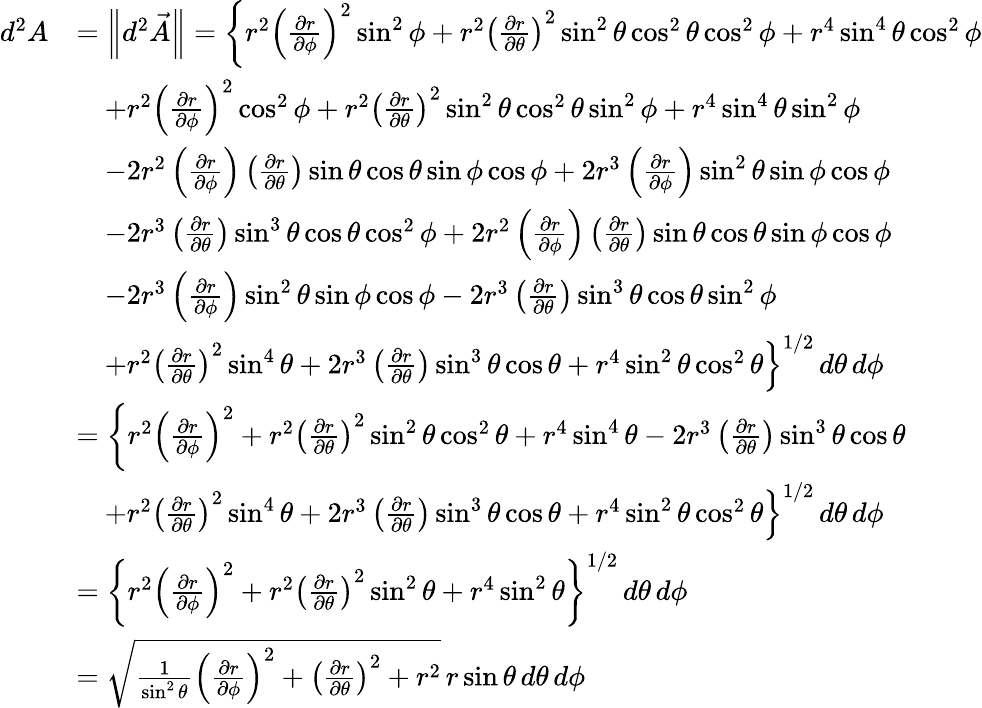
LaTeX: \begin{array}{rl}{d^{2}A}&{=\left\lVert d^{2}\vec{A}\right\rVert=\left\{ r^{2}\left(\frac{\partial r}{\partial\phi}\right)^{2}\sin^{2}\phi+r^{2}\left(\frac{\partial r}{\partial\theta}\right)^{2}\sin^{2}\theta\cos^{2}\theta\cos^{2}\phi+r^{4}\sin^{4}\theta\cos^{2}\phi\right.}\\ &{\quad+r^{2}\left(\frac{\partial r}{\partial\phi}\right)^{2}\cos^{2}\phi+r^{2}\left(\frac{\partial r}{\partial\theta}\right)^{2}\sin^{2}\theta\cos^{2}\theta\sin^{2}\phi+r^{4}\sin^{4}\theta\sin^{2}\phi}\\ &{\quad-2r^{2}\left(\frac{\partial r}{\partial\phi}\right)\left(\frac{\partial r}{\partial\theta}\right)\sin\theta\cos\theta\sin\phi\cos\phi+2r^{3}\left(\frac{\partial r}{\partial\phi}\right)\sin^{2}\theta\sin\phi\cos\phi}\\ &{\quad-2r^{3}\left(\frac{\partial r}{\partial\theta}\right)\sin^{3}\theta\cos\theta\cos^{2}\phi+2r^{2}\left(\frac{\partial r}{\partial\phi}\right)\left(\frac{\partial r}{\partial\theta}\right)\sin\theta\cos\theta\sin\phi\cos\phi}\\ &{\quad-2r^{3}\left(\frac{\partial r}{\partial\phi}\right)\sin^{2}\theta\sin\phi\cos\phi-2r^{3}\left(\frac{\partial r}{\partial\theta}\right)\sin^{3}\theta\cos\theta\sin^{2}\phi}\\ &{\quad\left.+r^{2}\left(\frac{\partial r}{\partial\theta}\right)^{2}\sin^{4}\theta+2r^{3}\left(\frac{\partial r}{\partial\theta}\right)\sin^{3}\theta\cos\theta+r^{4}\sin^{2}\theta\cos^{2}\theta\right\} ^{1/2}\, d\theta\, d\phi}\\ &{=\left\{ r^{2}\left(\frac{\partial r}{\partial\phi}\right)^{2}+r^{2}\left(\frac{\partial r}{\partial\theta}\right)^{2}\sin^{2}\theta\cos^{2}\theta+r^{4}\sin^{4}\theta-2r^{3}\left(\frac{\partial r}{\partial\theta}\right)\sin^{3}\theta\cos\theta\right.}\\ &{\quad\left.+r^{2}\left(\frac{\partial r}{\partial\theta}\right)^{2}\sin^{4}\theta+2r^{3}\left(\frac{\partial r}{\partial\theta}\right)\sin^{3}\theta\cos\theta+r^{4}\sin^{2}\theta\cos^{2}\theta\right\} ^{1/2}\, d\theta\, d\phi}\\ &{=\left\{ r^{2}\left(\frac{\partial r}{\partial\phi}\right)^{2}+r^{2}\left(\frac{\partial r}{\partial\theta}\right)^{2}\sin^{2}\theta+r^{4}\sin^{2}\theta\right\} ^{1/2}\, d\theta\, d\phi}\\ &{=\sqrt{\frac 1{\sin^{2}\theta}\left(\frac{\partial r}{\partial\phi}\right)^{2}+\left(\frac{\partial r}{\partial\theta}\right)^{2}+r^{2}}\, r\sin\theta\, d\theta\, d\phi}\end{array}